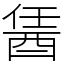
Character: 䣸